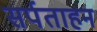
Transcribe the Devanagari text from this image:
सर्पताहन